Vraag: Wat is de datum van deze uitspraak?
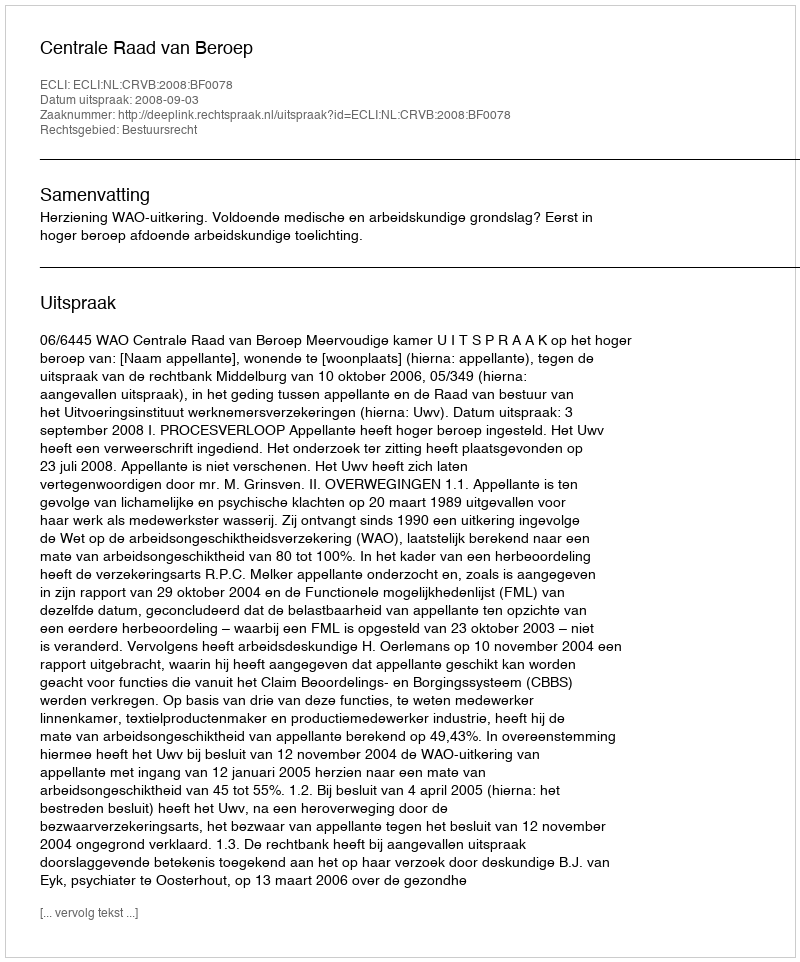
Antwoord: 2008-09-03